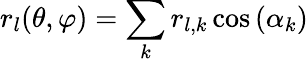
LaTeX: r_{l}(\theta,\varphi)=\sum_{k}r_{l,k}\cos{(\alpha_{k})}